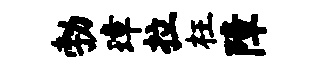
勃璋拉枉障